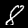
Label: 8